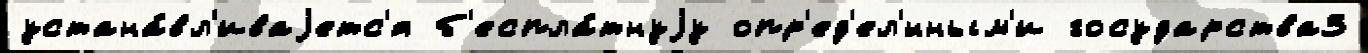
устана́вл'иваjетс'я б'еспла́тнуjу опр'ед'ел'́нным'и государства3